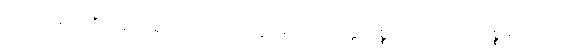
ထောင်သောဦးခေါင်း ရှိသကဲ့သို့။ ဟုတွာ၊ ၍။ ပရိဗျတ္တကိစ္စာ၊ ထင်သောကိစ္စ ရှိသည်။